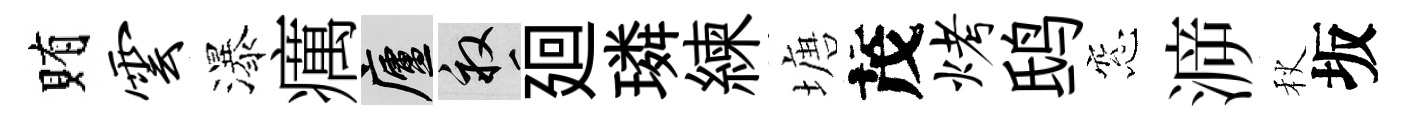
賄云瀑癘廬畝廻璘練塘茂烤鸱窓㴑秋坂